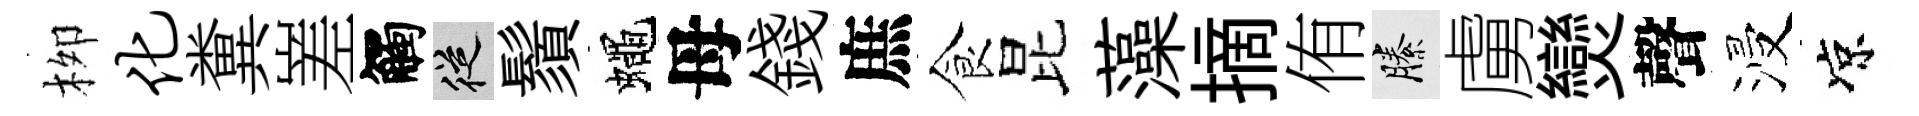
栁化糞嵳觸從鬚蠅母錢庶食昆藻摘侑縢虜𤓖聲浸凉